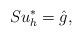
LaTeX: \begin{align*} S u_h^*=\hat{g},\end{align*}